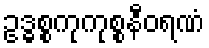
ဥဒ္ဓစ္စကုကုစ္စနီဝရဏံ